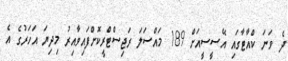
ދެ ވަނަ ކްއާޓާގައި އޭސީސީއަށް 189 މައްސަލަ ރަޖިސްޓްރީކޮށްފައިވާއިރު މިދިޔަ އަހަރުގެ އެ